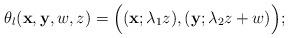
LaTeX: \begin{align*} \theta_{\l}(\bold{x},\bold{y},w,z)=\Bigl((\bold{x};\lambda_{1}z),(\bold{y};\lambda_{2}z+w)\Bigr); \end{align*}